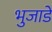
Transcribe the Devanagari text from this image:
भुजाडे